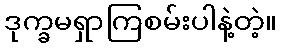
ဒုက္ခမရှာကြစမ်းပါနဲ့တဲ့။